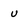
Character: U